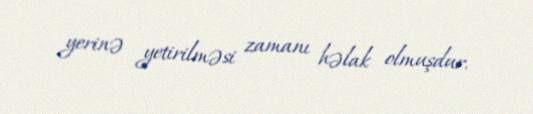
yerinə yetirilməsi zamanı həlak olmuşdur.